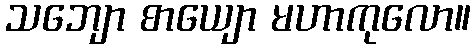
သဘျော စာယျော မဟာကုလော။